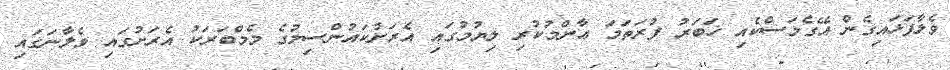
ވެލާފަޅައިގެން އޭގެމަސްކެއި ޚަބަރު ފުރަތަމަ ޢާންމުކުރި ލިޔުމުގައި އެރަށުކައުންސިލުގެ މެމްބަރަކު އެރަށުގައި ވެލާނަގައި